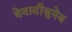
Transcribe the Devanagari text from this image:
बेवासीज़ुमेब